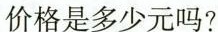
价格是多少元吗？